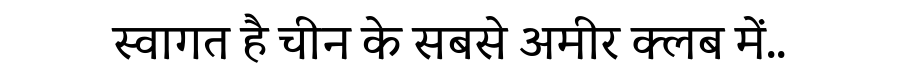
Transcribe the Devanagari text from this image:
स्वागत है चीन के सबसे अमीर क्लब में..